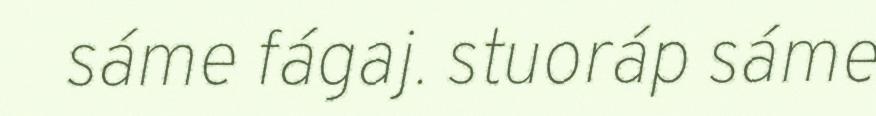
sáme fágaj. stuoráp sáme